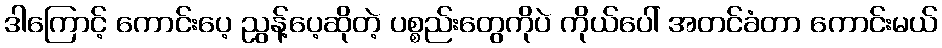
ဒါကြောင့် ကောင်းပေ့ ညွန့်ပေ့ဆိုတဲ့ ပစ္စည်းတွေကိုပဲ ကိုယ်ပေါ် အတင်ခံတာ ကောင်းမယ်